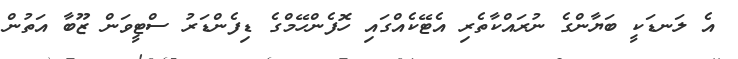
އެ ލަނޑަކީ ބަޔާންގެ ނުރައްކާތެރި އެޓޭކެއްގައި ހޮފެންހޭމްގެ ޑިފެންޑަރު ސްޓީވަން ޒޫބާ އަތުން